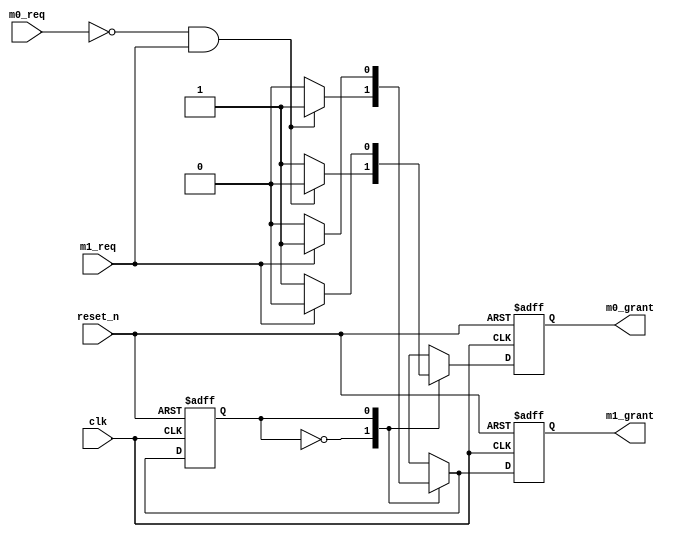
module bus_arbit(clk, reset_n, m0_req, m1_req, m0_grant, m1_grant);
  input clk, reset_n;
  input m0_req, m1_req;
  output m0_grant, m1_grant;
  
  parameter M0 = 1'b0; 
  parameter M1 = 1'b1;
  
  reg state, next_state;
  reg m0_grant, m1_grant;
  reg next_m0_grant, next_m1_grant;
  
  
  //Sequential circuit part
  always@(posedge clk, negedge reset_n) begin
    if(!reset_n) begin
	   state <= M0;
		m0_grant <= 1'b1;
		m1_grant <= 1'b0;
	 end
	 else begin
	   state <= next_state;
		m0_grant <= next_m0_grant;
		m1_grant <= next_m1_grant;
	 end
  end
  
  
  always@(*) begin
  case(state)
  M0: begin
	 if(!m0_req && m1_req) begin
	   next_state = M1;
		next_m0_grant = 1'b0;
      next_m1_grant = 1'b1;
	 end
	 else if(!m0_req && !m1_req) begin
	   next_state = M0;
		next_m0_grant = 1'b1;
      next_m1_grant = 1'b0;
	 end
	 else begin //m0_req==1
	   next_state = M0;
		next_m0_grant = 1'b1;
      next_m1_grant = 1'b0;
	 end
  end
  
  M1: begin
	 if(!m1_req) begin
	   next_state = M0;
		next_m0_grant = 1'b1;
      next_m1_grant = 1'b0;
	 end
	 else begin //m1_req==1
	   next_state = M1;
		next_m0_grant = 1'b0;
      next_m1_grant = 1'b1;
	 end
  end
  endcase
  end
  
  
endmodule